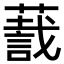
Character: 𬞛